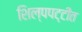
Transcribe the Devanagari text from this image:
शिल्पपट्टीत